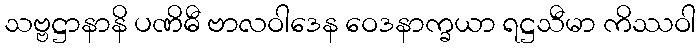
သဗ္ဗဋ္ဌာနာနိ ပဏိဓီ ဗာလဝါဒေန ဝေဒနာက္ခယာ ရဋ္ဌသီမာ ကိဿဝါ